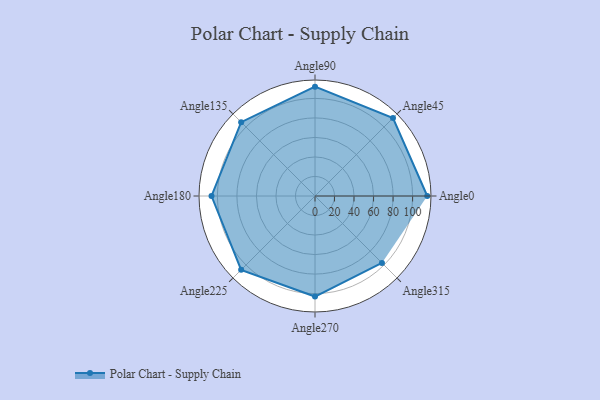
{"axis": {"x": "Angle", "y": "Radius"}, "legend": [""], "data": [{"x": "Angle0", "y": 115.0, "type": ""}, {"x": "Angle45", "y": 113.0, "type": ""}, {"x": "Angle90", "y": 112.0, "type": ""}, {"x": "Angle135", "y": 107.0, "type": ""}, {"x": "Angle180", "y": 106.0, "type": ""}, {"x": "Angle225", "y": 107.0, "type": ""}, {"x": "Angle270", "y": 103.0, "type": ""}, {"x": "Angle315", "y": 97.0, "type": ""}]}